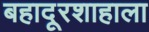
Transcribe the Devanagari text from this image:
बहादूरशाहाला